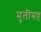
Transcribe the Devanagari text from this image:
मुलींसह